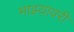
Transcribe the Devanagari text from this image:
माझ्यावरी